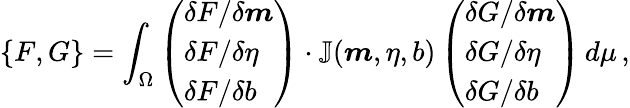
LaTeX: \{ F,G\} =\int_{\Omega}\left(\begin{array}{l}{\delta F/\delta\boldsymbol{m}}\\ {\delta F/\delta\eta}\\ {\delta F/\delta b}\end{array}\right)\cdot\mathbb{J}(\boldsymbol{m},\eta,b)\left(\begin{array}{l}{\delta G/\delta\boldsymbol{m}}\\ {\delta G/\delta\eta}\\ {\delta G/\delta b}\end{array}\right)\, d\mu\, ,